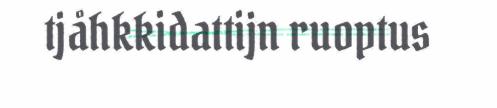
tjåhkkidattijn ruoptus